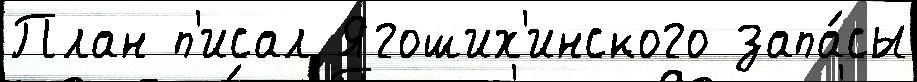
План п'исал Ягоших'инского запа́сы